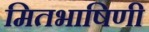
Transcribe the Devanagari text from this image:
मितभाषिणी